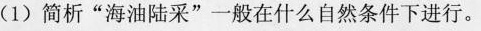
(1)简析”海油陆采”一般在什么自然条件下进行。